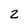
Character: Z